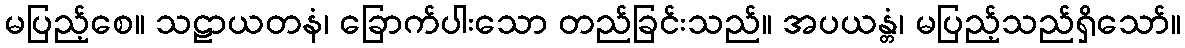
မပြည့်စေ။ သဠာယတနံ၊ ခြောက်ပါးသော တည်ခြင်းသည်။ အပယန္တံ၊ မပြည့်သည်ရှိသော်။